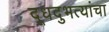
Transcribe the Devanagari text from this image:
दूधदुभत्यांचा